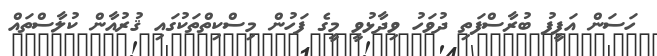
ހަސަން އަފީފު ބުރާސްފަތި ދުވަހު ވިދާޅުވީ މީގެ ފަހުން މިސްކިތްތަކުގައި ޤުރުއާން ކުލާސްތައް